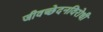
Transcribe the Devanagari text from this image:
जीवच्छेदनविरोधी